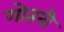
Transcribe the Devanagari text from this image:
गोतनी